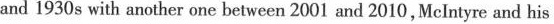
and 1930s with another one between 2001 and 2010, McIntyre and his